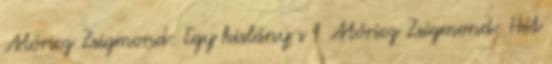
Móricz Zsigmond: Egy kislány s 1 Móricz Zsigmond: Hét